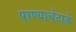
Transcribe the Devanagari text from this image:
पाण्याचेटाके